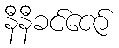
နီနီခင်ဇော်